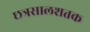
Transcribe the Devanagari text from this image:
छत्रसालशतक